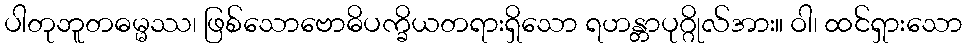
ပါတုဘူတဓမ္မဿ၊ ဖြစ်သောဗောဓိပက္ခိယတရားရှိသော ရဟန္တာပုဂ္ဂိုလ်အား။ ဝါ၊ ထင်ရှားသော